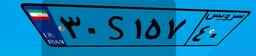
۳۰S۱۵۷۴۰